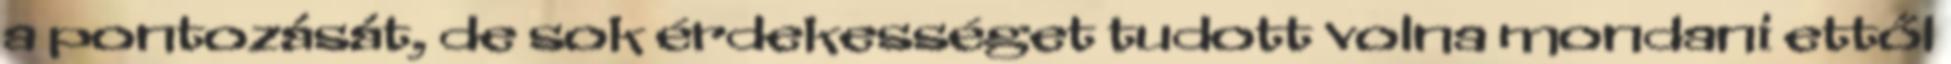
a pontozását, de sok érdekességet tudott volna mondani ettől